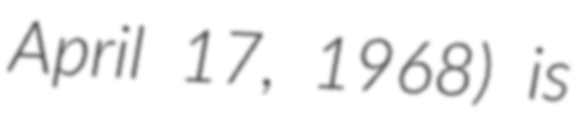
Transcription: April 17, 1968) is